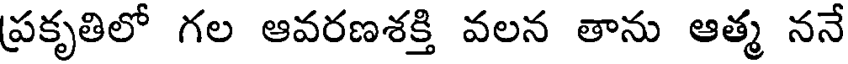
ప్రకృతిలో గల ఆవరణశక్తి వలన తాను ఆత్మ ననే